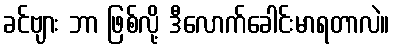
ခင်ဗျား ဘာ ဖြစ်လို့ ဒီလောက်ခေါင်းမာရတာလဲ။